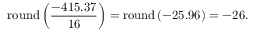
\mathrm { r o u n d } \left( { \frac { - 4 1 5 . 3 7 } { 1 6 } } \right) = \mathrm { r o u n d } \left( - 2 5 . 9 6 \right) = - 2 6 .